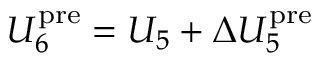
U _ { 6 } ^ { \mathrm { p r e } } = U _ { 5 } + \Delta U _ { 5 } ^ { \mathrm { p r e } }